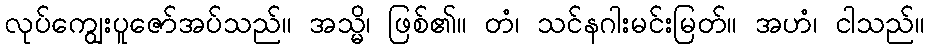
လုပ်ကျွေးပူဇော်အပ်သည်။ အသ္မိ၊ ဖြစ်၏။ တံ၊ သင်နဂါးမင်းမြတ်။ အဟံ၊ ငါသည်။